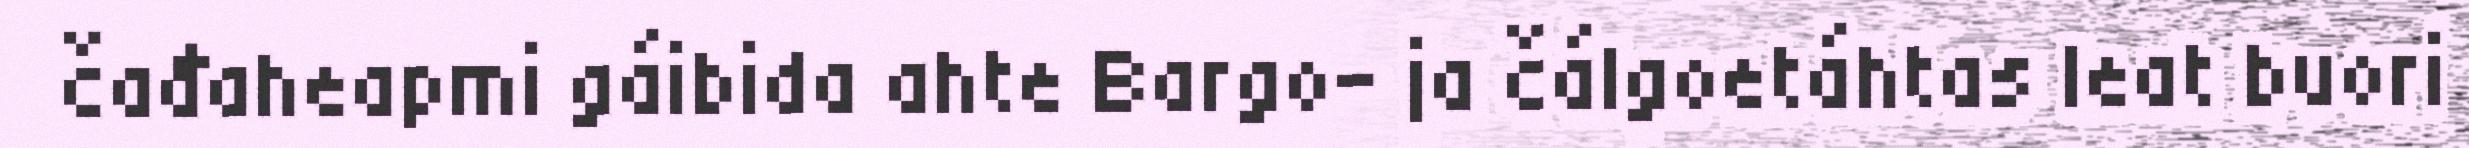
čađaheapmi gáibida ahte Bargo- ja čálgoetáhtas leat buori